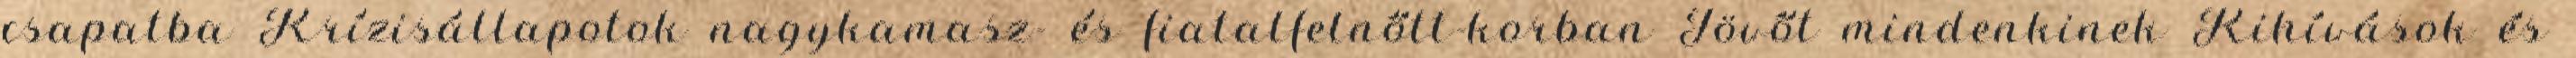
csapatba Krízisállapotok nagykamasz- és fiatalfelnőtt-korban Jövőt mindenkinek Kihívások és